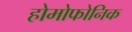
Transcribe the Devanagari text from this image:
होमोफोनिक